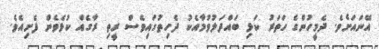
އޭނައަށެވެ. ދެމީހުންގެ ހަތަރު ކަޅި ބައްދަލުވުމާއެކު ދެހިތުގައިވެސް ރީތި ރާގެއް ކުޅެވެން ފެށިއެވެ.